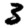
Digit: 3